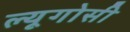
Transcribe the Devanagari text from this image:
ल्यूगोसी